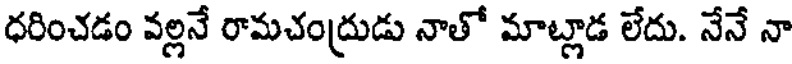
ధరించడం వల్లనే రామచంద్రుడు నాతో మాట్లాడ లేదు. నేనే నా